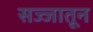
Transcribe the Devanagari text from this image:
सज्जातून